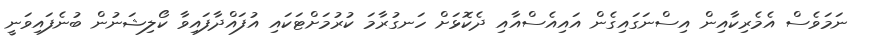
ނަމަވެސް އެމެރިކާއިން އިސްނަގައިގެން އައިއެސްއާއި ދެކޮޅަށް ހަނގުރާމަ ކުރުމަށްޓަކައި އުފައްދާފައިވާ ކޯލިޝަނުން ބުނެފައިވަނީ